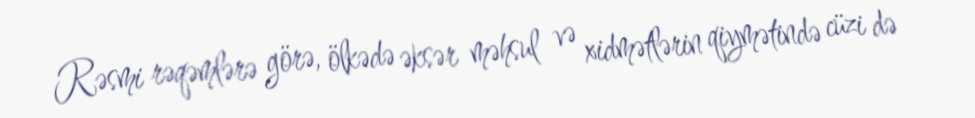
Rəsmi rəqəmlərə görə, ölkədə əksər məhsul və xidmətlərin qiymətində cüzi də